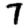
Digit: 7